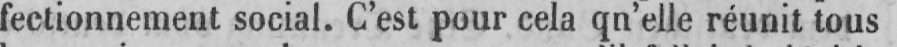
fectionnement social. C’est pour cela qn’elle réunit tous